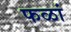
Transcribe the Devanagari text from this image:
फळां